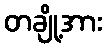
တချို့အား